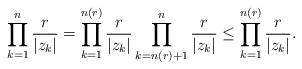
LaTeX: \begin{align*}\prod^{n}_{k=1}\frac{r}{|z_k|}=\prod^{n(r)}_{k=1}\frac{r}{|z_k|}\prod^{n}_{k=n(r)+1}\frac{r}{|z_k|}\leq\prod^{n(r)}_{k=1}\frac{r}{|z_k|}.\end{align*}